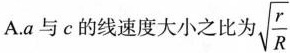
A.a与c的线速度大小之比为 \sqrt{\frac{r}{R}}